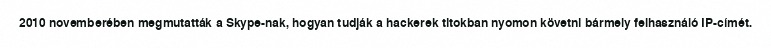
2010 novemberében megmutatták a Skype-nak, hogyan tudják a hackerek titokban nyomon követni bármely felhasználó IP-címét.